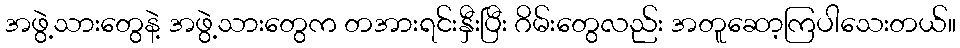
အဖွဲ့သားတွေနဲ့ အဖွဲ့သားတွေက တအားရင်းနှီးပြီး ဂိမ်းတွေလည်း အတူဆော့ကြပါသေးတယ်။